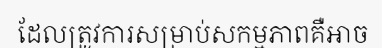
ដែលត្រូវការសម្រាប់សកម្មភាពគឺអាច